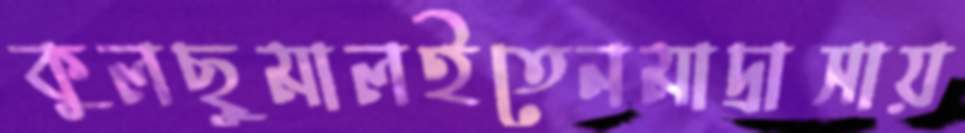
কুলছুমালইতেনমাদ্রাসায়